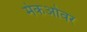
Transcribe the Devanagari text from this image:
मेकओवर